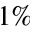
1 \%